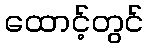
ထောင့်တွင်